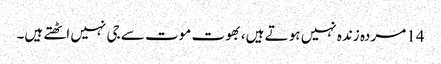
14 مردہ زندہ نہیں ہو تے ہیں، بھوت موت سے جی نہیں اٹھتے ہیں۔